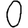
Digit: 0